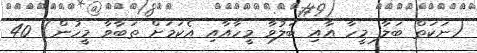
(ނަކަތް ބަލާ މީހާ އާއި ބަލުވާ މީހާއާއި އެކަމަށް ތަބާވާ މީހުން) 40